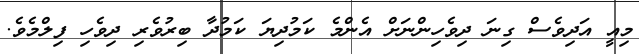
މިއީ އަދިވެސް ގިނަ ދިވެހިންނަށް އެންމެ ކަމުދިޔަ ކަމުދާ ބިރުވެރި ދިވެހި ފިލްމެވެ.